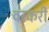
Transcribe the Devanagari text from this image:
वरकरी